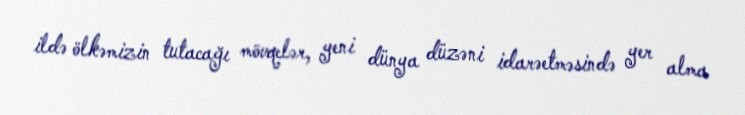
ildə ölkəmizin tutacağı mövqelər, yeni dünya düzəni idarəetməsində yer alma